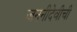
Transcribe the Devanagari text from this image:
जननीदेवीची